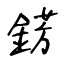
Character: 錺